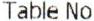
TABLE NO